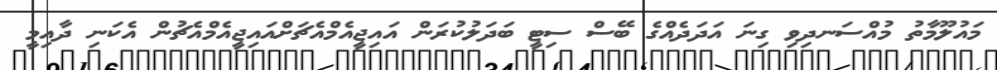
މައުލޫމާތު މުއްސަނދިވި ގިނަ އަދަދެއްގެ ބޭސް ސިޓީ ބަދަލުކުރަން އައިޖީއެމްއެޗަށްއައިޖީއެމްއެޗުން އެކަނި ދާއިމީ